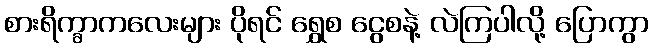
စားရိက္ခာကလေးများ ပိုရင် ရွှေစ ငွေစနဲ့ လဲကြပါလို့ ပြောကွာ